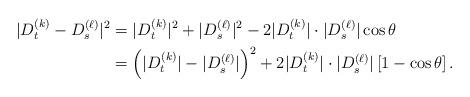
LaTeX: \begin{align*} |D^{(k)}_t-D^{(\ell)}_s|^2 &=|D^{(k)}_t|^2+|D^{(\ell)}_s|^2-2|D^{(k)}_t|\cdot|D^{(\ell)}_s|\cos\theta \\&=\left(|D^{(k)}_t|-|D^{(\ell)}_s|\right)^2 +2|D^{(k)}_t|\cdot|D^{(\ell)}_s|\left[1-\cos\theta\right].\end{align*}